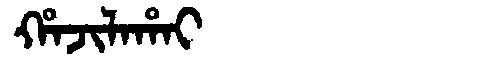
Manchu: ᡥᠠᠵᡳᠯᠠᡥᠠᡳ
Romanization: HAJILAHAI